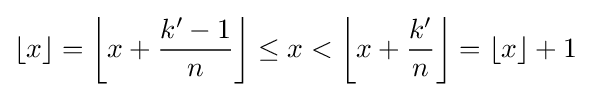
\lfloor x\rfloor =\left\lfloor x+{\frac {k'-1}{n}}\right\rfloor \leq x<\left\lfloor x+{\frac {k'}{n}}\right\rfloor =\lfloor x\rfloor +1